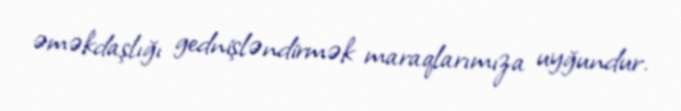
əməkdaşlığı gednişləndirmək maraqlarımıza uyğundur.